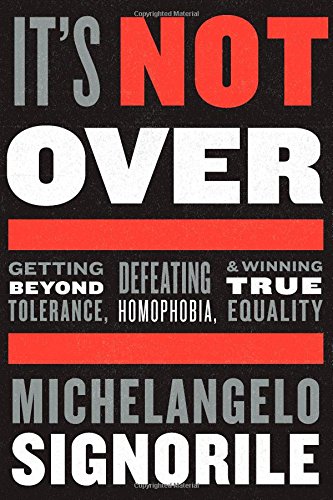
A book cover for It's Not Over: Getting Beyond Tolerance, Defeating Homophobia, and Winning True Equality; Michelangelo Signorile; Gay & Lesbian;